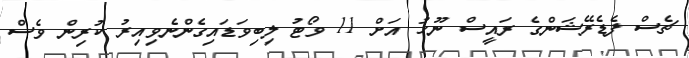
ޗެސް ފެޑެރޭޝަންގެ ރައީސް ނޫހު އަށް 11 ވޯޓު ލިބިވަޑައިގެންނެވިއިރު ކުރިން ވެސް